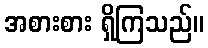
အစားစား ရှိကြသည်။